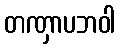
တဏှာပဘဝါ